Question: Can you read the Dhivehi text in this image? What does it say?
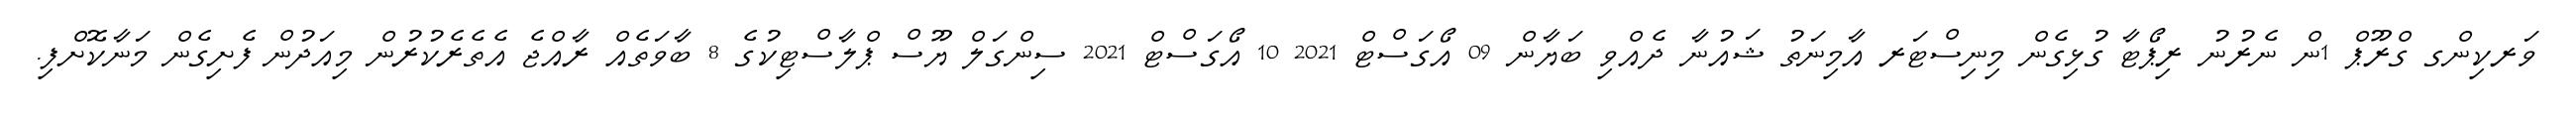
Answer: ވަރކިންގ ގްރޫޕް 1ން ނެރުނު ރިޕޯޓާ ގުޅިގެން މިނިސްޓަރ އާމިނަތު ޝައުނާ ދެއްވި ބަޔާން 09 އޯގަސްޓް 2021 10 އޯގަސްޓް 2021 ސިންގަލް ޔޫސް ޕްލާސްޓިކުގެ 8 ބާވަތެއް ރާއްޖެ އެތެރެކުރުން މިއަދުން ފެށިގެން މަނާކޮށްފި.